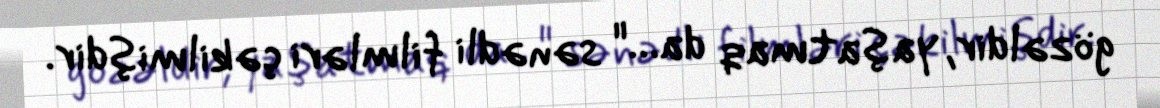
gözəldir, yaşatmaq da…" sənədli filmləri çəkilmişdir.